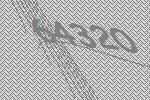
64320